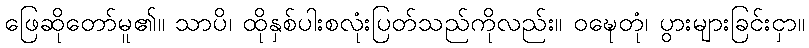
ဖြေဆိုတော်မူ၏။ သာပိ၊ ထိုနှစ်ပါးစလုံးပြတ်သည်ကိုလည်း။ ဝဍ္ဎေတုံ၊ ပွားများခြင်းငှာ။